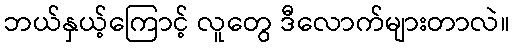
ဘယ်နှယ့်ကြောင့် လူတွေ ဒီလောက်များတာလဲ။